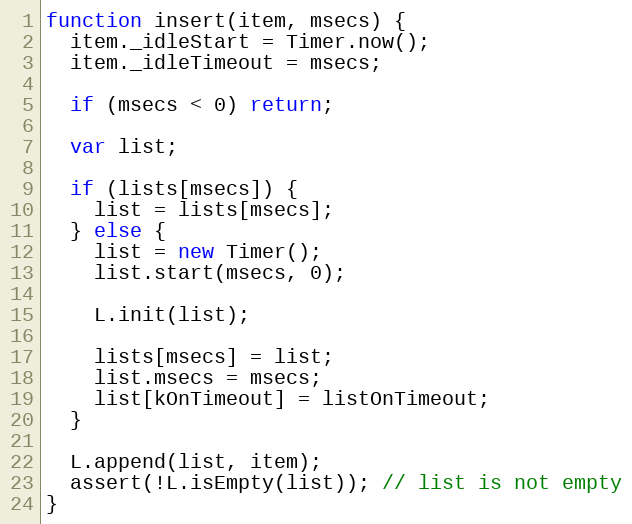
Language: JavaScript
function insert(item, msecs) {
  item._idleStart = Timer.now();
  item._idleTimeout = msecs;

  if (msecs < 0) return;

  var list;

  if (lists[msecs]) {
    list = lists[msecs];
  } else {
    list = new Timer();
    list.start(msecs, 0);

    L.init(list);

    lists[msecs] = list;
    list.msecs = msecs;
    list[kOnTimeout] = listOnTimeout;
  }

  L.append(list, item);
  assert(!L.isEmpty(list)); // list is not empty
}